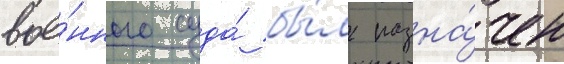
вое́нного суда́ бы́л назна́чен